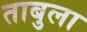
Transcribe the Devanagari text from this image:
ताबुला